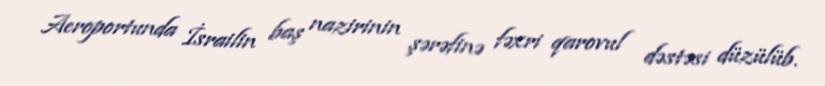
Aeroportunda İsrailin baş nazirinin şərəfinə fəxri qarovul dəstəsi düzülüb.